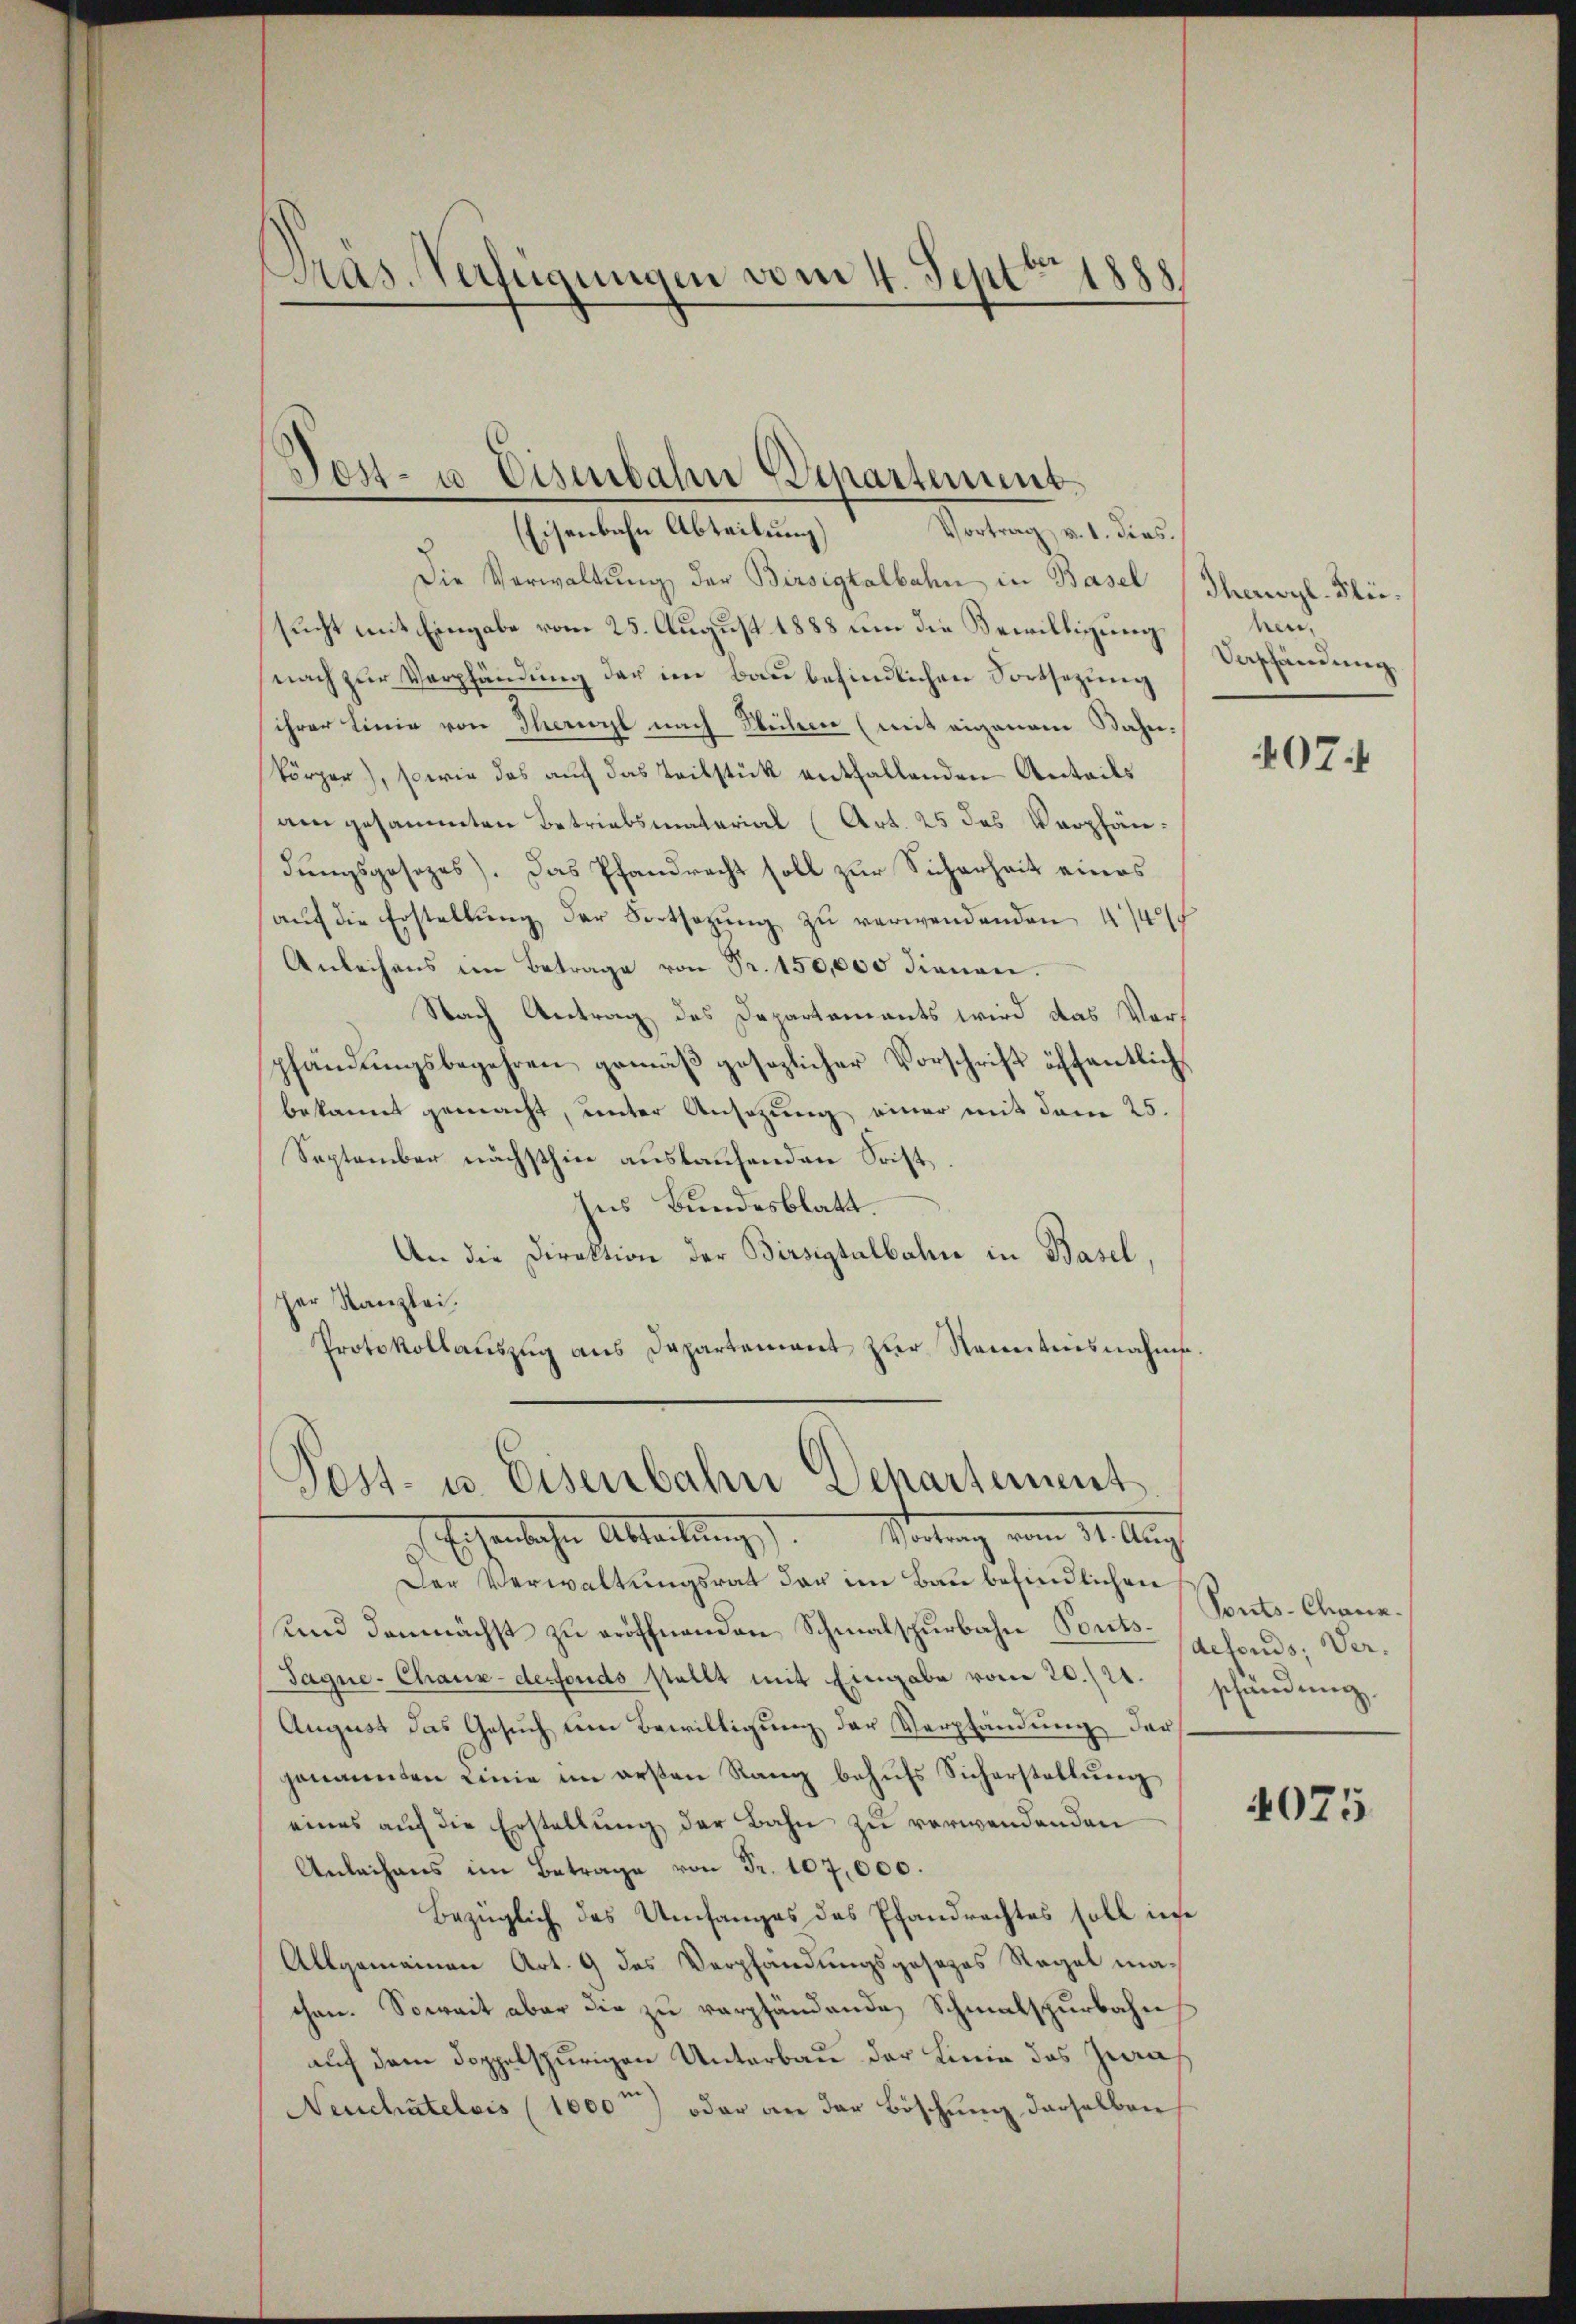
Präs. Verfügungen vom 4. Sept 1888.
.

Tost- u Eisenbahn Departement.
Eisenbahn Abteilŭng Vortrag v. 1. Fees.

Die Verwaltŭng der Birsigtalbahn in Basel (Thevyl-Kleisucht mit Eingabe vom 25. August 1888 um die Bewilligung
nach zur Verpfändung der im Bau befindlichen Fortsetzung
ihrer Linie von Thererst nach Seilern (mit eigenem Bahn-
körper), sowie das auf das Teilstück entfallenden Anteils
am gesammten Betriebsmaterial (Art. 25 des Verpfändungsgesezes). Das Pfandrecht soll zur Sicherheit eines
aŭf die Erstellŭng der Fortsetzŭng zŭ verwendenden 440
Anleihens im Betrage von Fr. 150,000 dienen.
Nach Antrag des Departements wird das Vorpfändungsbegehren gemäß gesezlicher Vorschrift öffentlich
bekannt gemacht, unter Ansezung einer mit dem 25.
September nächsthin auslaufenden Soist
Ins Bundesblatt.
An die Direktion der Birsigtalbahn in Basel,
her Kanzlei,
Protokollauszug aus Departement zur Kenntnisnahme.

Post- u. Eisenbahn Dehartement
 Eichenlichen Ableitung. Wertung vom 11. Aug

Der Verwaltungsrat der im Bau befindlichen
und demnächst zu eröffnenden Schmalspurbahn Ponts¬
Sagne- Chaux-derfonds stellt mit Eingabe vom 20./24. schändung.
August das Gesuch um Bewilligung der Verpfändung der
genannten Linie im ersten Rang behufs Sicherstellung
eines auf die Erstellung der Bahn zu verwendenden
Anleihens im Betrage von Fr. 107,000.
Bezüglich des Umfanges des Pfandrachtes soll in
Allgemeinen Art. 9 des Verpfändungsgesezes Regel machen. Soweit aber die zu verpfändende Schmalspurbahn
auf dem doppelspurigen Unterbau der Linie des Zweif
Neuchâtelvis (1800) oder an der Böschung derselben

nen¬
Vashändung

407

Ponto- Chana.
defonds; Ver¬

4075